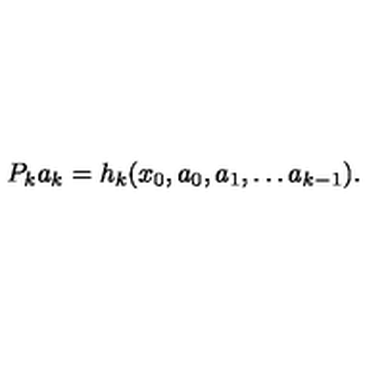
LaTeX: P _ { k } a _ { k } = h _ { k } ( x _ { 0 } , a _ { 0 } , a _ { 1 } , \dots a _ { k - 1 } ) .